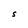
Character: S